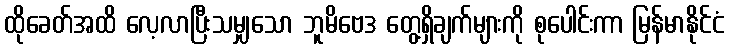
ထိုခေတ်အထိ လေ့လာပြီးသမျှသော ဘူမိဗေဒ တွေ့ရှိချက်များကို စုပေါင်းကာ မြန်မာနိုင်ငံ